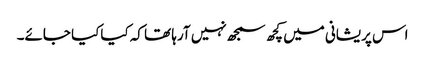
اس پریشانی میں کچھ سمجھ نہیں آرہا تھا کہ کیاکیا جائے۔